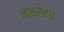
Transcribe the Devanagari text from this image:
नजरेतच